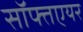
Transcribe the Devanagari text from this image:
सॉफ्तएयर